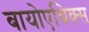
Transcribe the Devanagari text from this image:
बायोएथिक्स